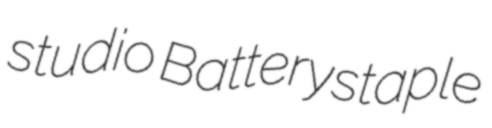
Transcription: studio Batterystaple